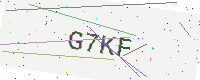
Text: G7KF